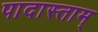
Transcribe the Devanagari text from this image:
पादास्ताम्